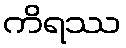
ကိရဿ